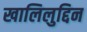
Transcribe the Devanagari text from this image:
खालिलुद्दिन